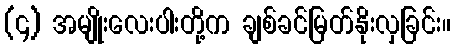
(၄) အမျိုးလေးပါးတို့က ချစ်ခင်မြတ်နိုးလှခြင်း။